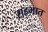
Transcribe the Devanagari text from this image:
सहभात